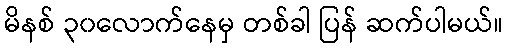
မိနစ် ၃၀လောက်နေမှ တစ်ခါ ပြန် ဆက်ပါမယ်။